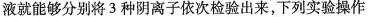
液就能够分别将3种阴离子依次检验出来，下列实验操作